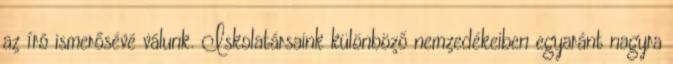
az író ismerősévé válunk. Iskolatársaink különböző nemzedékeiben egyaránt nagyra